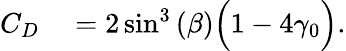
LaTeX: \begin{array}{rl}{C_{D}}&{{}={}2\sin^{3}{(\beta)}\Big(1-4\gamma_{0}\Big).}\end{array}